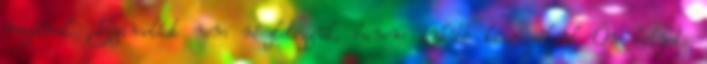
magával. Számolást nem részletezzük, hanem inkább kiszámóljuk Ön helyet: